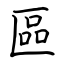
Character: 區